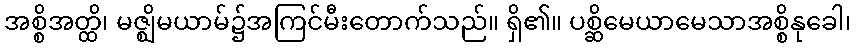
အစ္စိအတ္ထိ၊ မဇ္ဈိမယာမ်၌အကြင်မီးတောက်သည်။ ရှိ၏။ ပစ္ဆိမေယာမေသာအစ္စိနုခေါ၊